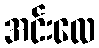
အင်းလေ